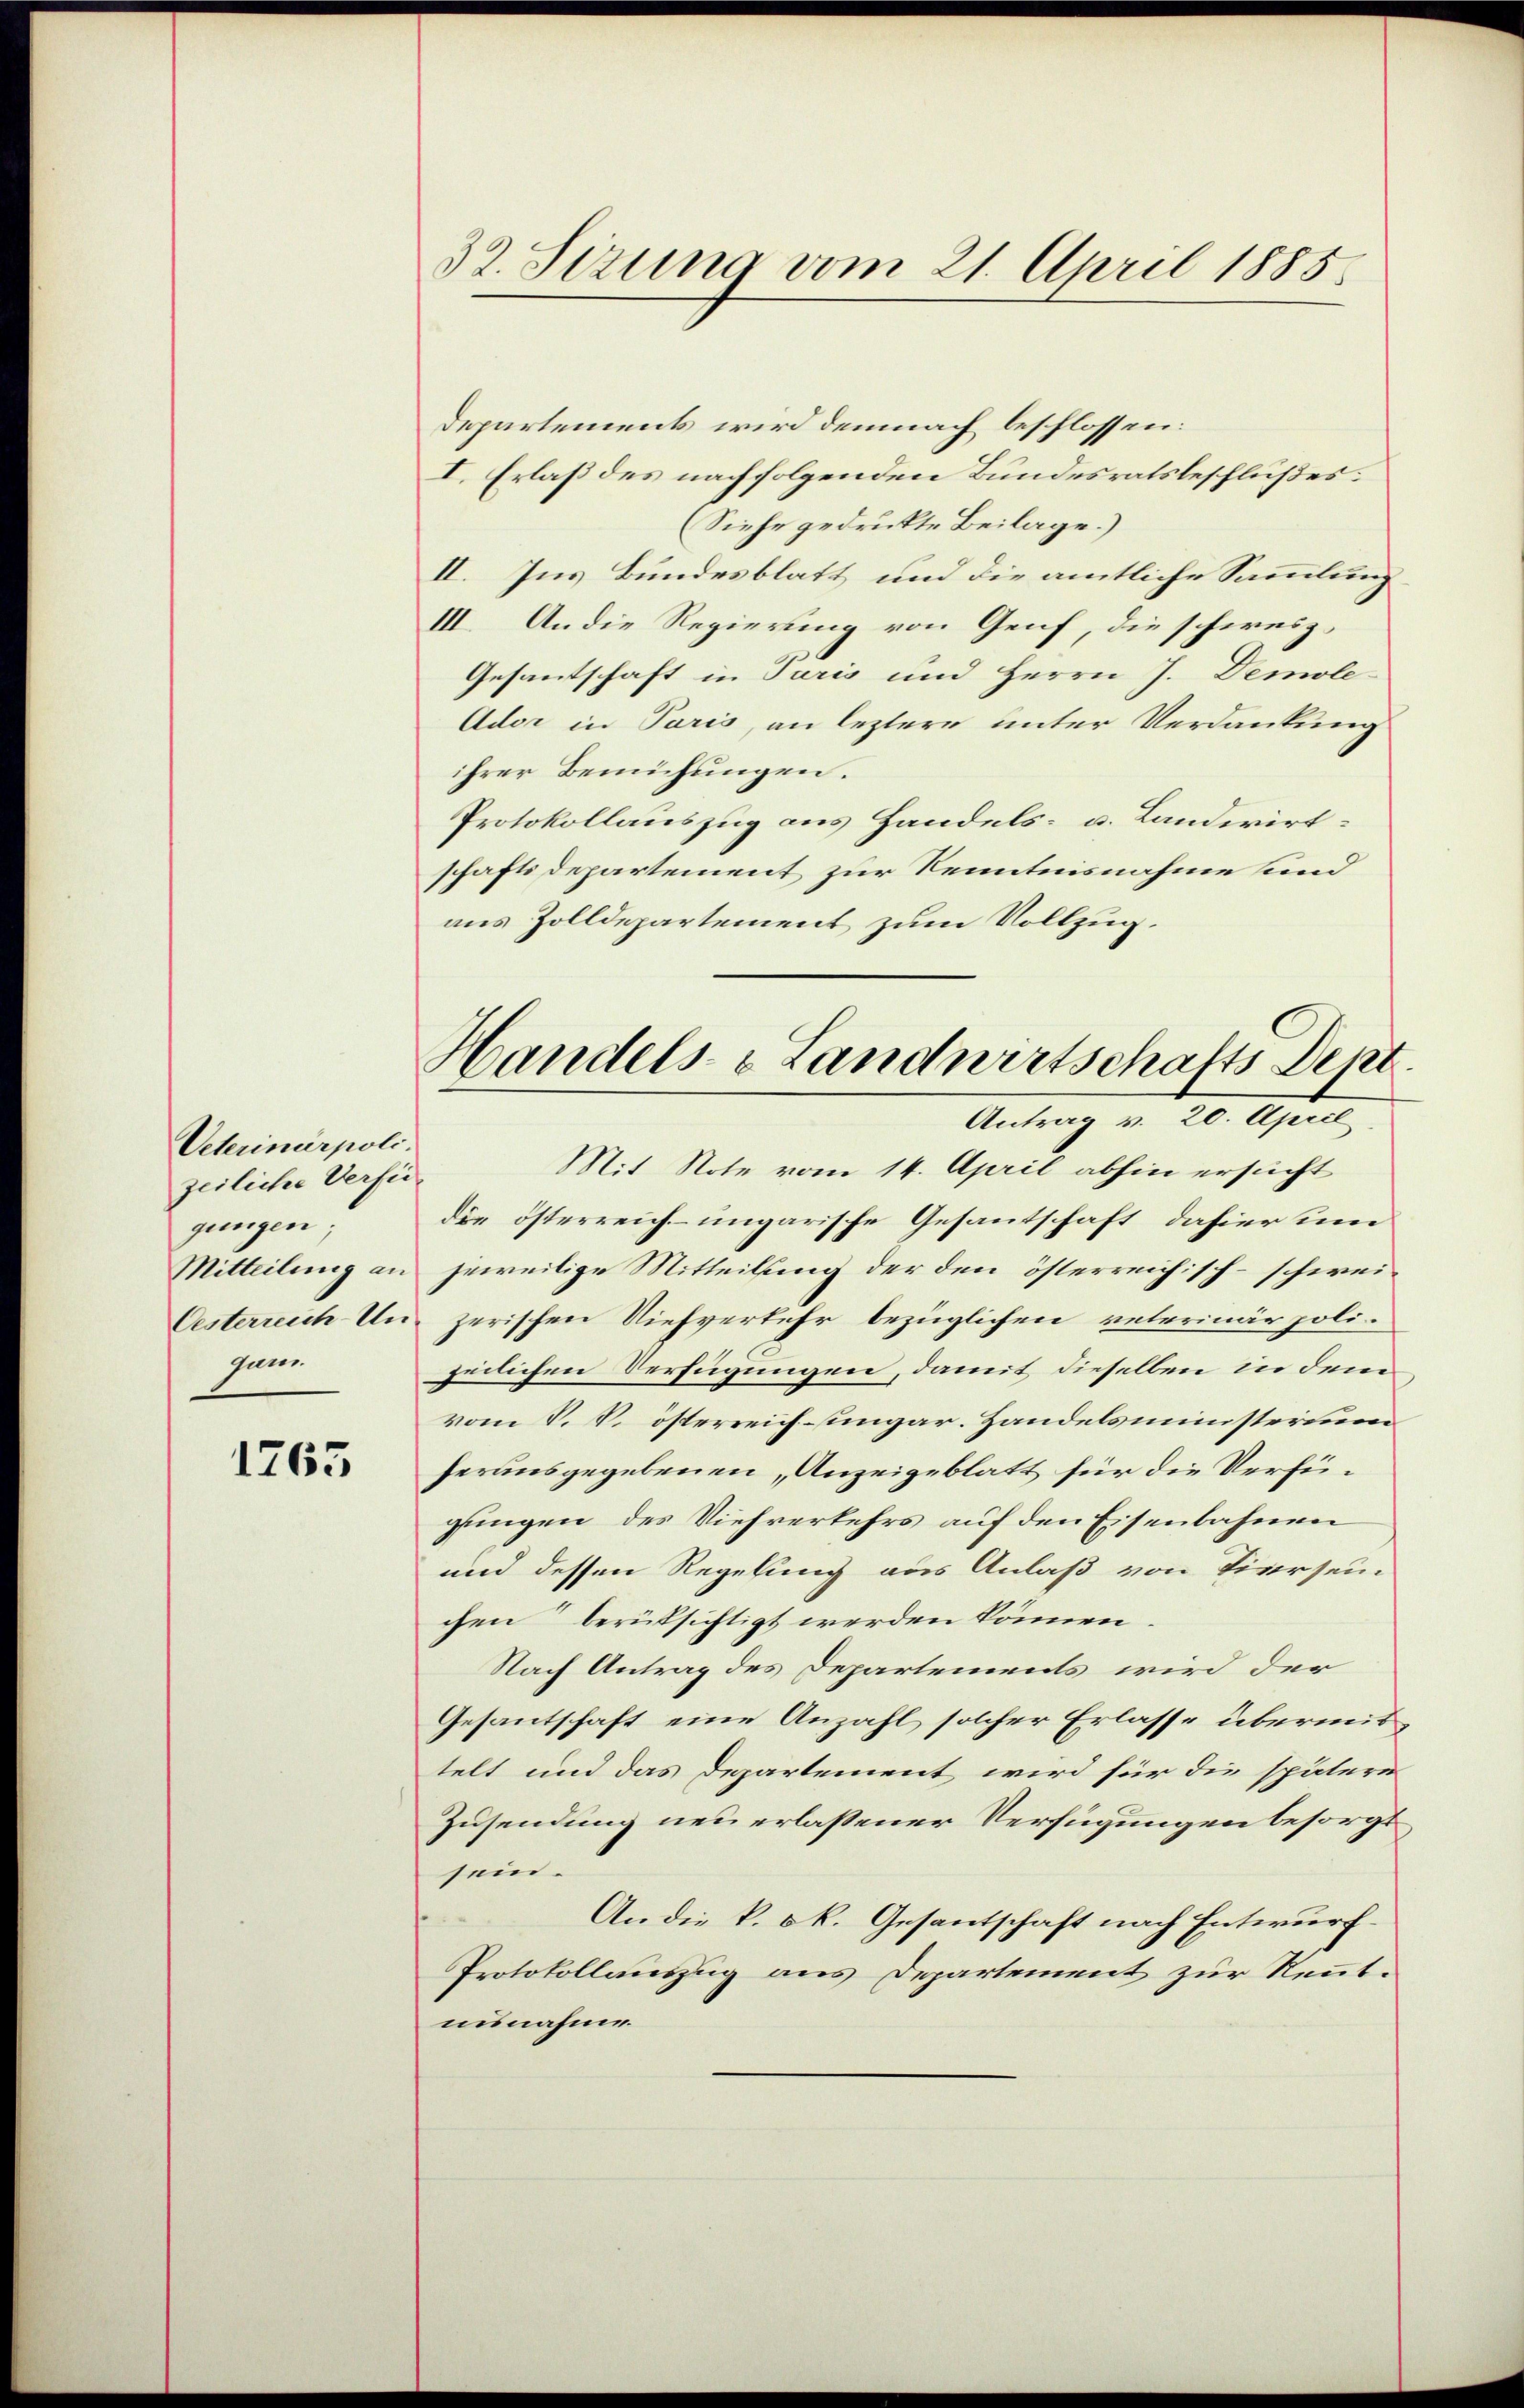
Ueterinärpoli
zeiliche Verfü
gungen;
Mitteilung an
Oesterreich-Un
gan.

1765

32. Sizung vom 21. April 1885

Departements wird demnach beschlossen:
I. Erlaß des nachfolgenden Bundesratsbeschlußes.
(Siehe gedruckte Beilage.)
II. Ins Bundesblatt und die amtliche Sammlung
III. An die Regierung von Genf, die schwesz¬
Gesantschaft in Paris und Herrn J. Demole¬
Ader in Paris, an leztere unter Verdankung
ihrer Bemühungen.
Protokollauszug aus Handels- u. Landerirt
schafts Departement zur Kenntnisnahme sind
aus Zolldepartement zum Vollzug.
Mit Note vom 14. April abhin ersucht
die österreich-ungarische Gesantschaft, dahier um
jeweilige Mitteilung der den österreichisch-schweizerischen Viehverkehr bezüglichen veterinär polizeilichen Verfügungen, damit dieselben in dem
vom S. S. österreich-ungar. Handelsministerium
herausgegebenen, Anzeigeblatt für die Verfüglungen des Viehverkehrs auf den Eisenbahnen
und dessen Regelung aus Anlaß von Tiersein
chen berüksichtigt werden können.
Nach Antrag des Departements wird der
Gesantschaft eine Anzahl solcher Erlasse übermit
telt und das Departement wird für die spätere
Zusendung neu erlassener Verfügungen besorgt
sein.
An die k. k. Gesantschaft nach Entwurf
Protokollauszug aus Departement zur Rennt.
nisnahme

Handels- & Landwirtschafts Deut
Antrag d